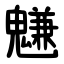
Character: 魐